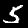
Label: 5